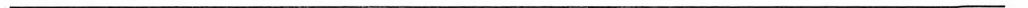
___